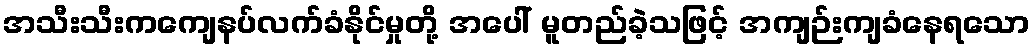
အသီးသီးကကျေနပ်လက်ခံနိုင်မှုတို့ အပေါ် မူတည်ခဲ့သဖြင့် အကျဉ်းကျခံနေရသော